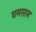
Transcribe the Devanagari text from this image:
घमसान